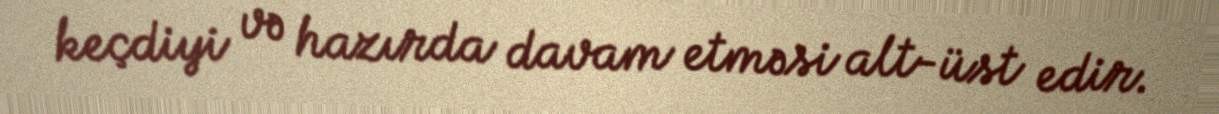
keçdiyi və hazırda davam etməsi alt-üst edir.